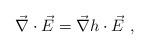
LaTeX: \begin{align*}\vec{\nabla}\cdot \vec{E}=\vec{\nabla}h\cdot \vec{E}\ ,\end{align*}